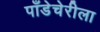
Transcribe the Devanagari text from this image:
पाँडेचेरीला